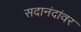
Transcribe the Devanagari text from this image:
सदानंदांवर